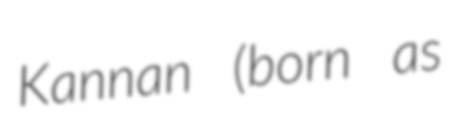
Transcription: Kannan (born as